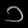
Digit: ၁